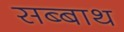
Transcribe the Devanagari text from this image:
सब्‍बाथ